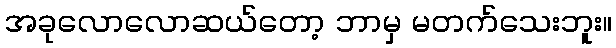
အခုလောလောဆယ်တော့ ဘာမှ မတက်သေးဘူး။